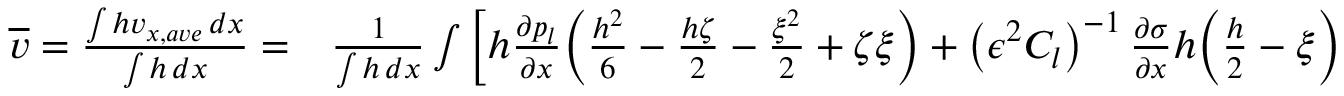
\begin{array} { r l } { \overline { { v } } = \frac { \int h v _ { x , a v e } \, d x } { \int h \, d x } = } & { { } \frac { 1 } { \int h \, d x } \int \bigg [ h \frac { \partial p _ { l } } { \partial x } \bigg ( \frac { h ^ { 2 } } { 6 } - \frac { h \zeta } { 2 } - \frac { \xi ^ { 2 } } { 2 } + \zeta \xi \bigg ) + \left( \epsilon ^ { 2 } C _ { l } \right) ^ { - 1 } \frac { \partial \sigma } { \partial x } h \bigg ( \frac { h } { 2 } - \xi \bigg ) } \end{array}